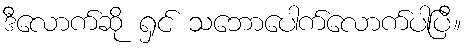
ဒီလောက်ဆို ရှင် သဘောပေါက်လောက်ပါပြီ။